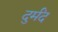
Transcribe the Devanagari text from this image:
दुर्मंद